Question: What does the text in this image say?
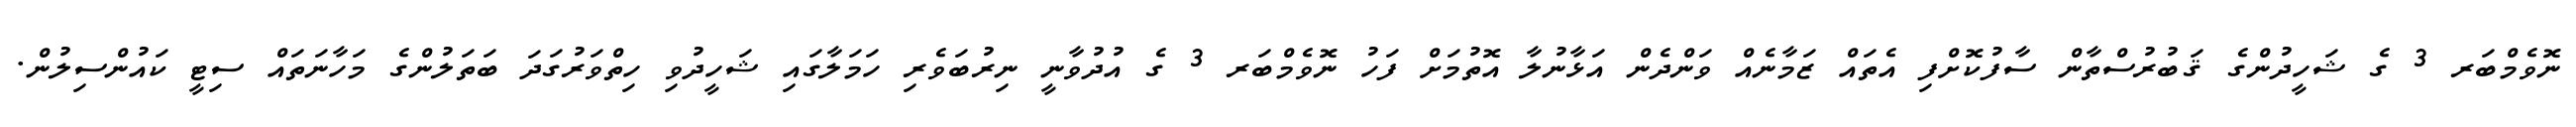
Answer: ނޮވެމްބަރ 3 ގެ ޝަހީދުންގެ ޤަބުރުސްތާން ސާފުކޮށްފި އެތައް ޒަމާނެއް ވަންދެން އަޅާނުލާ އޮތުމަށް ފަހު ނޮވެމްބަރ 3 ގެ އުދުވާނީ ނިރުބަވެރި ހަމަލާގައި ޝަހީދުވި ހިތްވަރުގަދަ ބަތަލުންގެ މަހާނަތައް ސިޓީ ކައުންސިލުން.